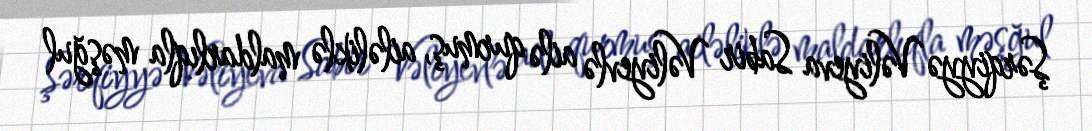
Şərqiyyə Vəliyeva Sabir Vəliyevlə ailə qurmuş, ailəliklə maldarlıqla məşğul